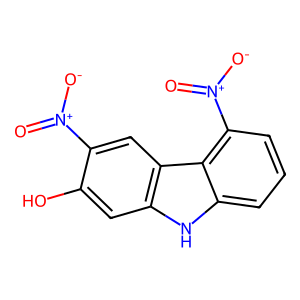
SMILES: O=[N+]([O-])c1cc2c(cc1O)[nH]c1cccc([N+](=O)[O-])c12
Inhibits HIV replication: No